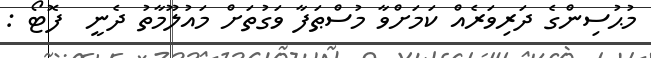
މުޙުސިންގެ ދަރިވަރެއް ކަމަށްވާ މުސްޠަފާ ވަގުތަށް މައުލޫމާތު ދެނީ  ފޮޓޯ :